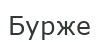
Бурже